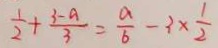
\frac { 1 } { 2 } + \frac { 3 - a } { 3 } = \frac { a } { b } - 3 \times \frac { 1 } { 2 }